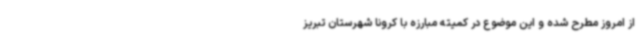
از امروز مطرح شده و این موضوع در کمیته مبارزه با کرونا شهرستان تبریز